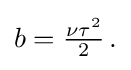
{\textstyle b={\frac {\nu \tau ^{2}}{2}}\,.}